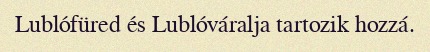
Lublófüred és Lublóváralja tartozik hozzá.